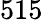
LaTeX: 515